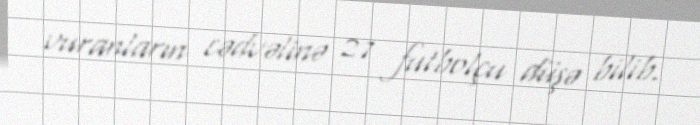
vuranların cədvəlinə 27 futbolçu düşə bilib.